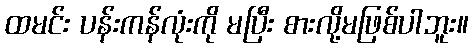
ထမင်း ပန်းကန်လုံးကို မပြီး စားလို့မဖြစ်ပါဘူး။